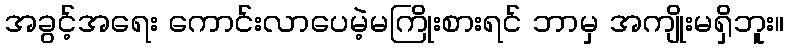
အခွင့်အရေး ကောင်းလာပေမဲ့မကြိုးစားရင် ဘာမှ အကျိုးမရှိဘူး။